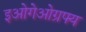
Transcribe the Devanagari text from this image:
इओगेओग्रफ्य